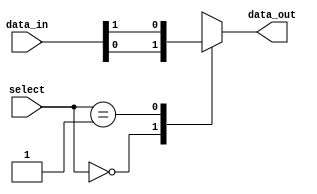
module mux64x1 (
    input [63:0] data_in,
    input [5:0] select,
    output reg data_out
);

always @*
begin
    case (select)
        6'b000000: data_out = data_in[0];
        6'b000001: data_out = data_in[1];
        // Continue listing out cases for all 64 input lines
        // e.g. 6'b111111: data_out = data_in[63];
        default: data_out = 1'bx; // Default output if select doesn't match any case
    endcase
end

endmodule